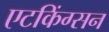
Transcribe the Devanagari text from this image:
एटकिंग्सन